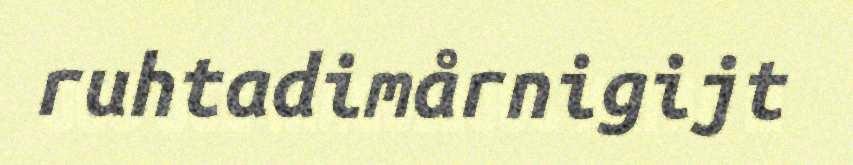
ruhtadimårnigijt